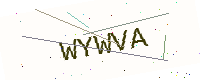
Text: WYWVA